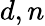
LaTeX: d,n